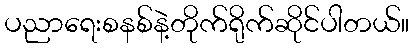
ပညာရေးစနစ်နဲ့တိုက်ရိုက်ဆိုင်ပါတယ်။